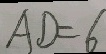
A D = 6